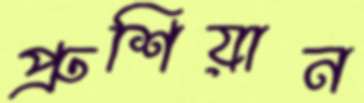
প্রুশিয়ান